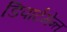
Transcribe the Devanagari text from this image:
डिपार्टमेन्त